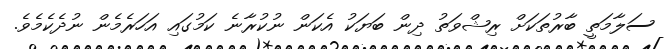
ސަލާމަތީ ބާރުތަކަށް ރިޝްވަތު ދިން ބަޔަކު އެކަން ނުކުރާނެ ކަމުގައި އަހަރެމެން ނުދެކެމެވެ.